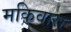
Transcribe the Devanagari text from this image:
मकिवारा